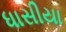
ધાસીયા